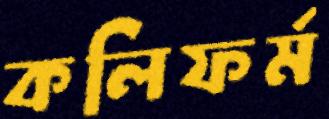
কলিফর্ম